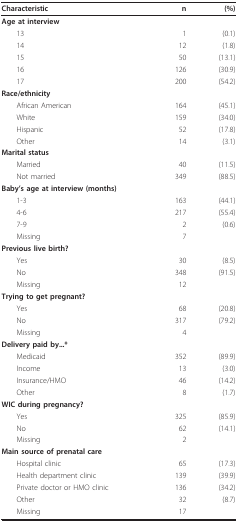
<table><thead><tr><td><b>Characteristic</b></td><td><b>n</b></td><td><b>(%)</b></td></tr></thead><tbody><tr><td><b>Age at interview</b></td><td></td><td></td></tr><tr><td> 13</td><td>1</td><td>(0.1)</td></tr><tr><td> 14</td><td>12</td><td>(1.8)</td></tr><tr><td> 15</td><td>50</td><td>(13.1)</td></tr><tr><td> 16</td><td>126</td><td>(30.9)</td></tr><tr><td> 17</td><td>200</td><td>(54.2)</td></tr><tr><td><b>Race/ethnicity</b></td><td></td><td></td></tr><tr><td> African American</td><td>164</td><td>(45.1)</td></tr><tr><td> White</td><td>159</td><td>(34.0)</td></tr><tr><td> Hispanic</td><td>52</td><td>(17.8)</td></tr><tr><td> Other</td><td>14</td><td>(3.1)</td></tr><tr><td><b>Marital status</b></td><td></td><td></td></tr><tr><td> Married</td><td>40</td><td>(11.5)</td></tr><tr><td> Not married</td><td>349</td><td>(88.5)</td></tr><tr><td><b>Baby&#x27;s age at interview (months)</b></td><td></td><td></td></tr><tr><td> 1-3</td><td>163</td><td>(44.1)</td></tr><tr><td> 4-6</td><td>217</td><td>(55.4)</td></tr><tr><td> 7-9</td><td>2</td><td>(0.6)</td></tr><tr><td> Missing</td><td>7</td><td></td></tr><tr><td><b>Previous live birth?</b></td><td></td><td></td></tr><tr><td> Yes</td><td>30</td><td>(8.5)</td></tr><tr><td> No</td><td>348</td><td>(91.5)</td></tr><tr><td> Missing</td><td>12</td><td></td></tr><tr><td><b>Trying to get pregnant?</b></td><td></td><td></td></tr><tr><td> Yes</td><td>68</td><td>(20.8)</td></tr><tr><td> No</td><td>317</td><td>(79.2)</td></tr><tr><td> Missing</td><td>4</td><td></td></tr><tr><td><b>Delivery paid by...*</b></td><td></td><td></td></tr><tr><td> Medicaid</td><td>352</td><td>(89.9)</td></tr><tr><td> Income</td><td>13</td><td>(3.0)</td></tr><tr><td> Insurance/HMO</td><td>46</td><td>(14.2)</td></tr><tr><td> Other</td><td>8</td><td>(1.7)</td></tr><tr><td><b>WIC during pregnancy?</b></td><td></td><td></td></tr><tr><td> Yes</td><td>325</td><td>(85.9)</td></tr><tr><td> No</td><td>62</td><td>(14.1)</td></tr><tr><td> Missing</td><td>2</td><td></td></tr><tr><td><b>Main source of prenatal care</b></td><td></td><td></td></tr><tr><td> Hospital clinic</td><td>65</td><td>(17.3)</td></tr><tr><td> Health department clinic</td><td>139</td><td>(39.9)</td></tr><tr><td> Private doctor or HMO clinic</td><td>136</td><td>(34.2)</td></tr><tr><td> Other</td><td>32</td><td>(8.7)</td></tr><tr><td> Missing</td><td>17</td><td></td></tr></tbody></table>